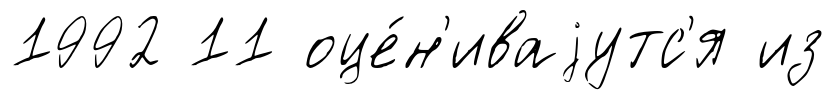
1992 11 оце́н'иваjутс'я из